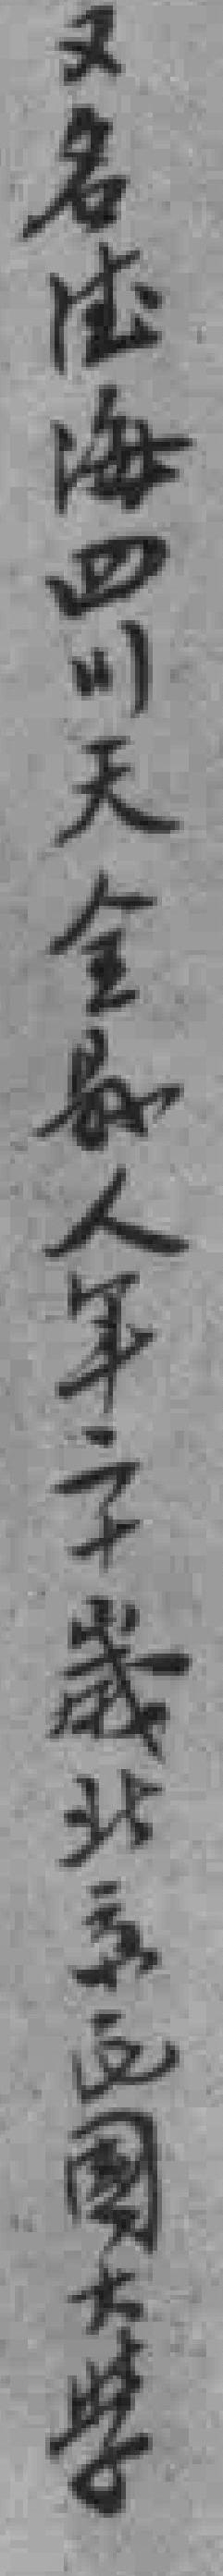
又名法海四川天全縣人年二十歲北京民國大學